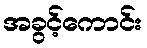
အခွင့်ကောင်း